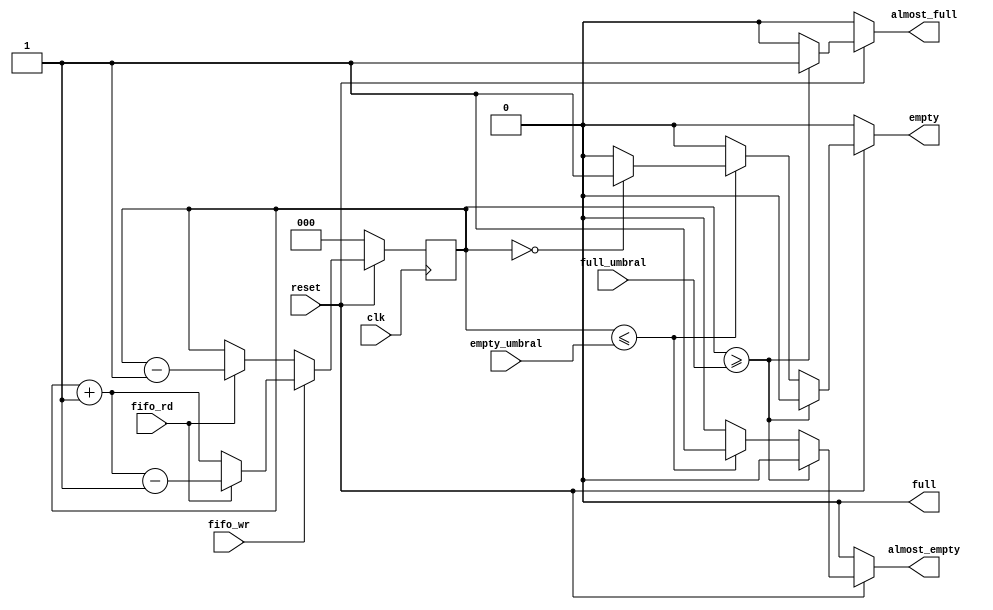
module control(
    input [2:0] full_umbral, empty_umbral,
    input clk, reset, fifo_wr, fifo_rd, 
    output reg almost_empty, almost_full, full, empty);

    reg [2:0] contador; 

    always @(posedge clk) begin
        if (reset == 0) begin
            contador <= 0;
        end
        else if (fifo_wr == 1) begin
            contador = contador + 1;
            if (fifo_rd == 1) begin
                contador = contador - 1;
            end
        end
        else if (fifo_wr == 0) begin
            if (fifo_rd == 1) begin
                contador <= contador - 1;
            end
        end
    end

    //Umbrales son para marcar almost_full y almost_empty
    always @(*) begin
        full = 0; //Evitamos latches con valores default
        empty = 0;
        almost_full = 0;
        almost_empty = 0;
        if (reset == 0) begin
            full = 0;
            empty = 0;
            almost_full = 0;
            almost_empty = 0;
        end
        else if (contador >= full_umbral) begin
            almost_full = 1;
            if (contador == 8) begin
                full = 1;
            end
            else begin
                full = 0;
            end
        end
        else if (contador <= empty_umbral) begin
            almost_empty = 1;
            if (contador == 0) begin
                empty = 1;
            end
            else begin
                empty = 0;
            end
        end  
    end
endmodule